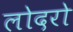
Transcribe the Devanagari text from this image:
लोदरो